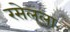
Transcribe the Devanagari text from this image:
रसेलला